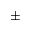
\pm